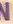
n